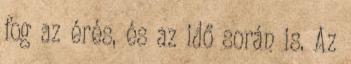
fog az érés, és az idő során is. Az